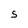
Character: S